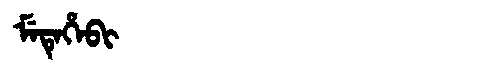
Manchu: ᠮᡝᡨᡝᡥᡝᠪᡳ
Romanization: METEHEBI